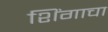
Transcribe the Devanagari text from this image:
शिंगाचा